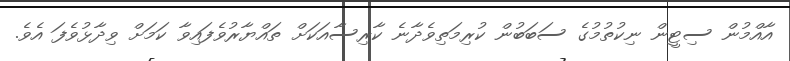
އާއްމުން ސިޓީން ނިކުތުމުގެ ސަބަބުން ކުރިމަތިވެދާނެ ކާރިސާއަކަށް ތައްޔާރުވެފައިވާ ކަމަށް ވިދާޅުވެފަ އެވެ.